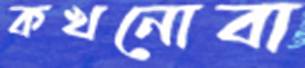
কখনোবা